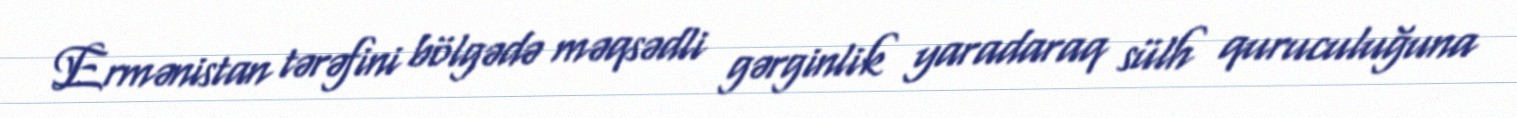
Ermənistan tərəfini bölgədə məqsədli gərginlik yaradaraq sülh quruculuğuna